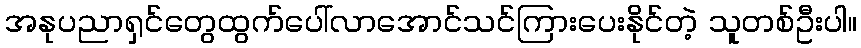
အနုပညာရှင်တွေထွက်ပေါ်လာအောင်သင်ကြားပေးနိုင်တဲ့ သူတစ်ဦးပါ။